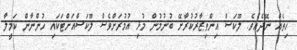
ހިތެއް ނޭދެއެވެ. ލޫކަސް އިންތިޒާރުކުރާށޭ ބުނުމުން މުޅި އުމުރަށްވެސް ލޫކަސްއަށްޓަކައި ހުންނާން ކަމީލާ